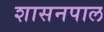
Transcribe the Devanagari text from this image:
शासनपाल